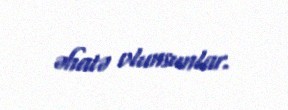
əhatə olunsunlar.